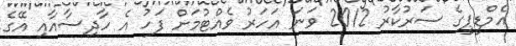
އެމްޑީޕީގެ ސަރުކާރު 2012 ވަނަ އަހަރު ވެއްޓުމަށް ފަހު އެ ހާދިސާއާއި އޭގެ